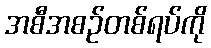
အစီအစဉ်တစ်ရပ်ကို